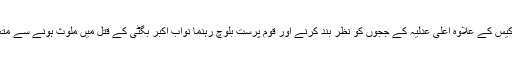
اُنھیں بے نظیر بھٹو قتل کیس کے علاوہ اعلٰی عدلیہ کے ججوں کو نظر بند کرنے اور قوم پرست بلوچ رہنما نواب اکبر بگٹی کے قتل میں ملوث ہونے سے متعلق مقدمات کا سامنا ہے۔